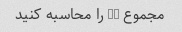
مجموع 30 را محاسبه کنید